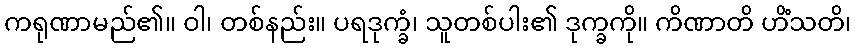
ကရုဏာမည်၏။ ဝါ၊ တစ်နည်း။ ပရဒုက္ခံ၊ သူတစ်ပါး၏ ဒုက္ခကို။ ကိဏာတိ ဟိံသတိ၊